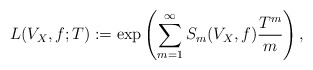
\begin{align*}L(V_X, f; T) := \exp\left( \sum_{m=1}^\infty S_m(V_X, f) \frac{T^m}{m} \right),\end{align*}